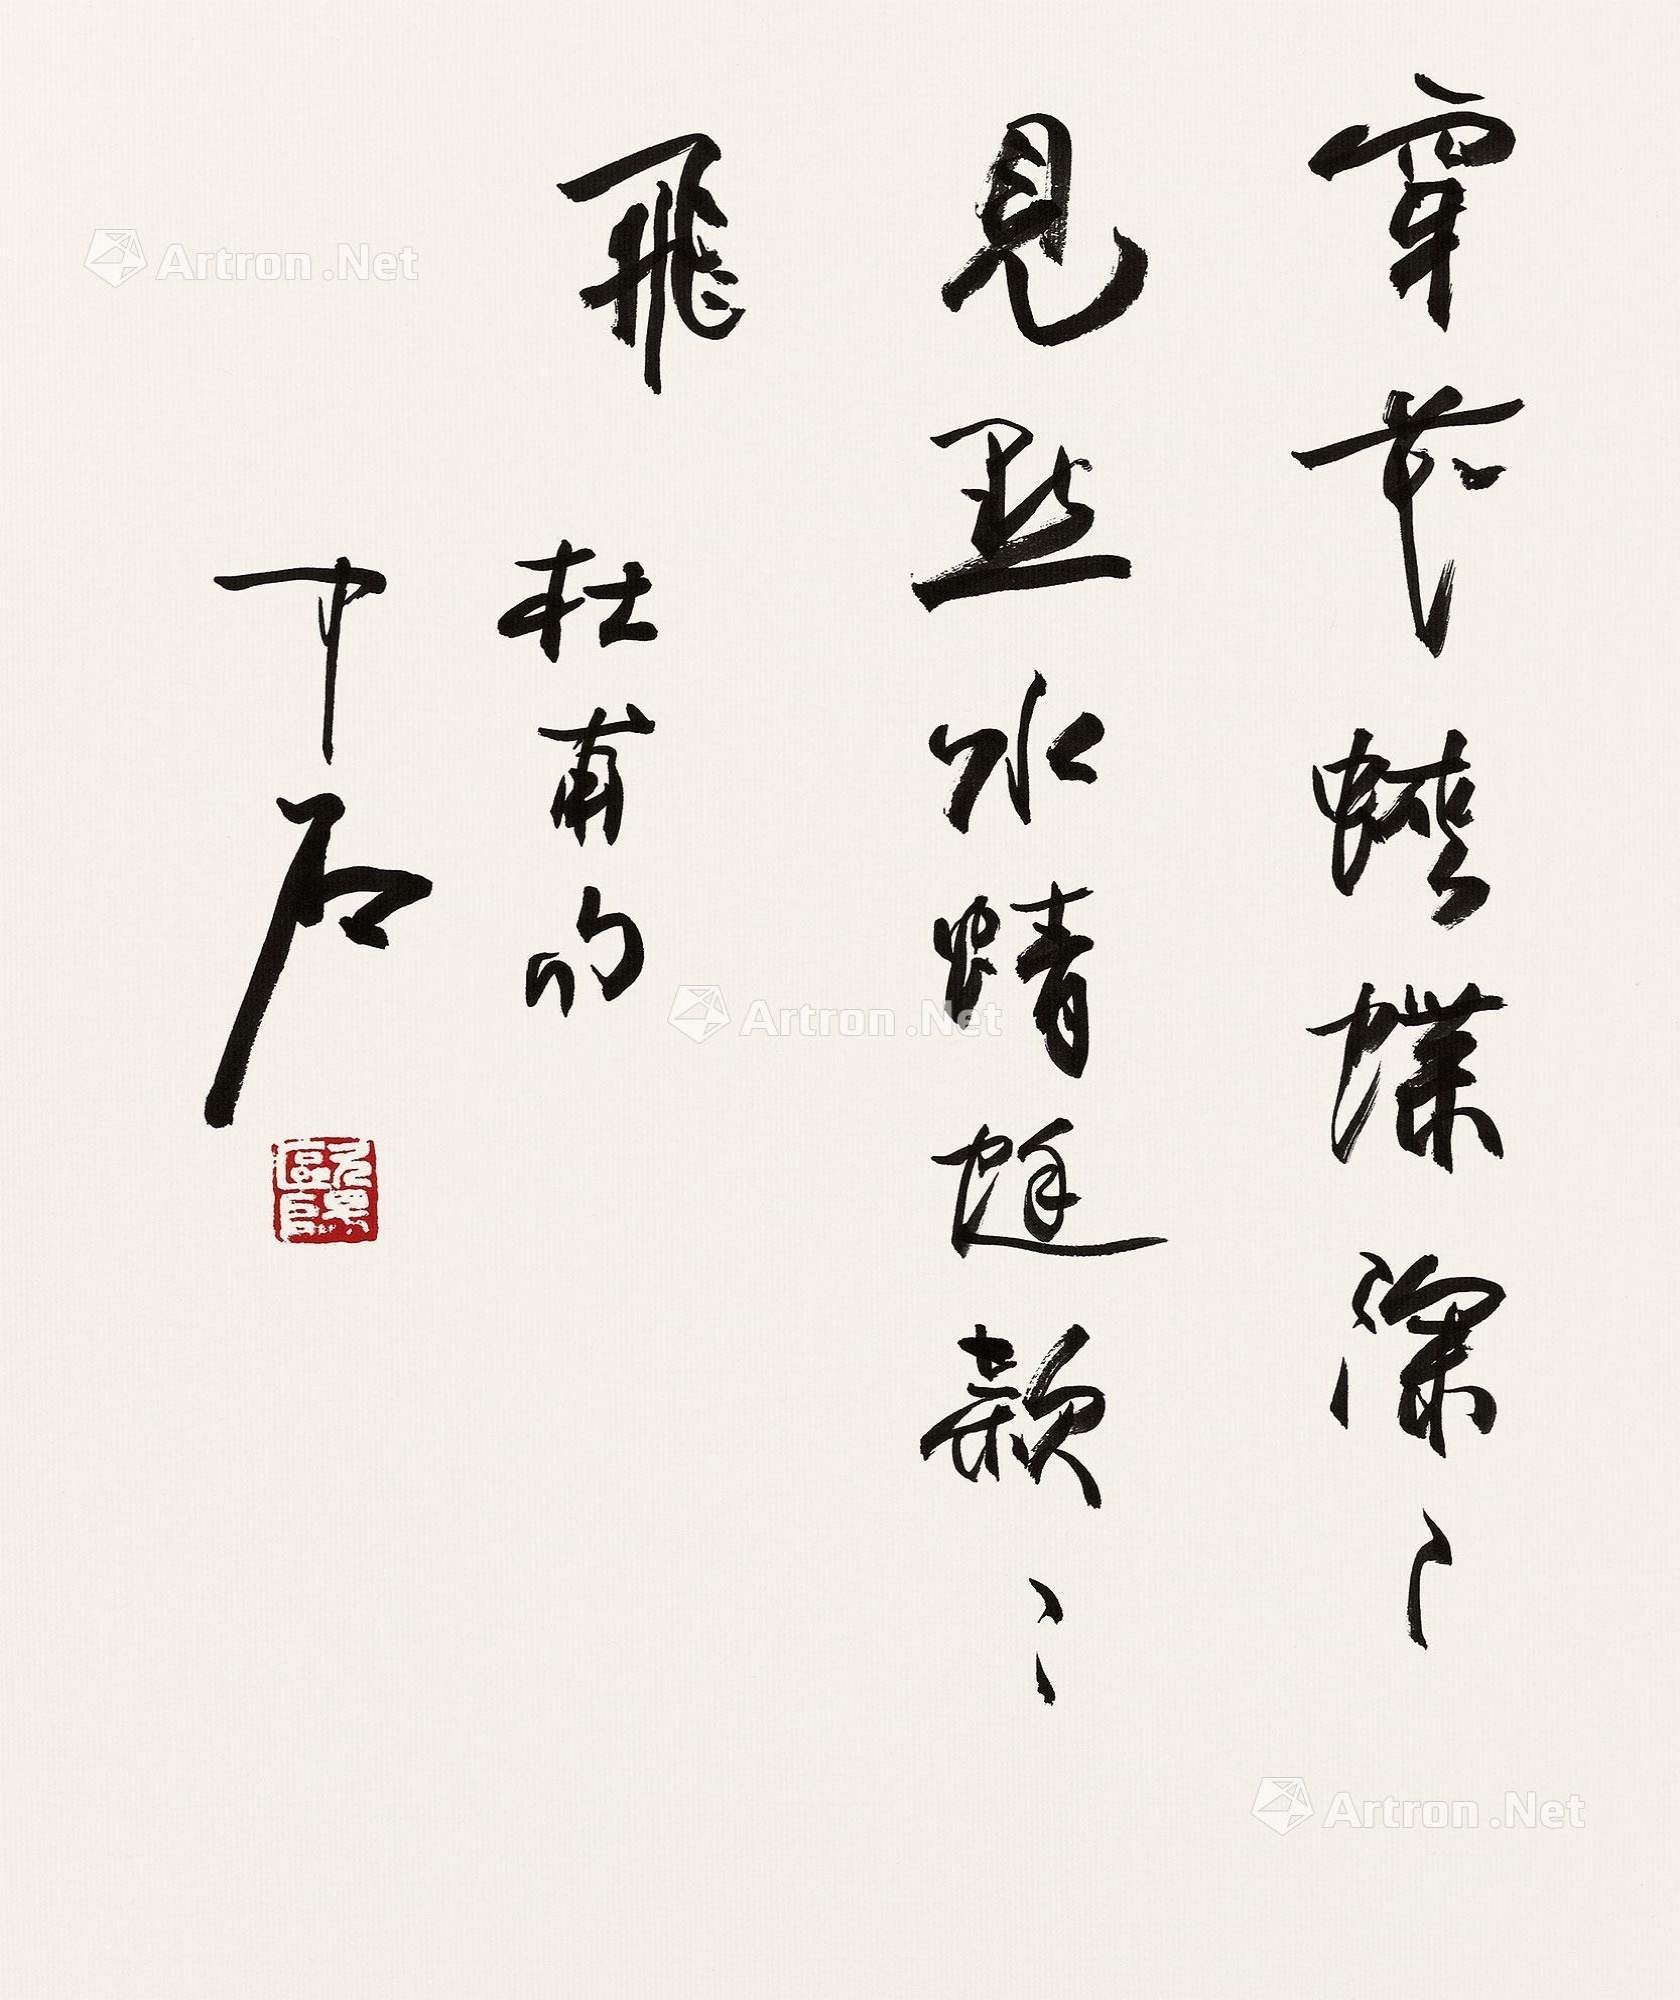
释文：穿花蛱蝶深深见，点水蜻蜓款款飞。杜甫句，中石。